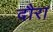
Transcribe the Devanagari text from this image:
दौरा